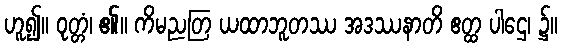
ဟူ၍။ ဝုတ္တံ၊ ၏။ ကိမညတြ ယထာဘူတဿ အဒဿနာတိ ဧတ္ထ ပါဌေ၊ ၌။